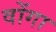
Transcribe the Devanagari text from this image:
वोंगा